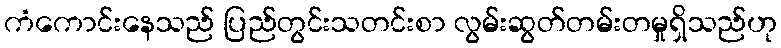
ကံကောင်းနေသည် ပြည်တွင်းသတင်းစာ လွမ်းဆွတ်တမ်းတမှုရှိသည်ဟု